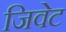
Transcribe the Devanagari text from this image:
जिवेट